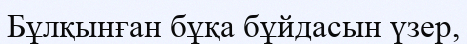
Бұлқынған бұқа бұйдасын үзер,